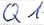
Text: Q1